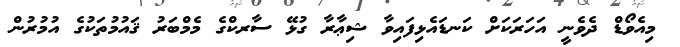
މިއެވޯޑް ދެވެނީ އަހަރަކަށް ކަނޑައެޅިފައިވާ ޝިޢާރާ ގުޅޭ ސާރކްގެ މެމްބަރު ޤައުމުތަކުގެ އުމުރުން